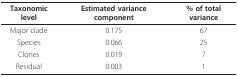
| Taxonomic level | Estimated variance component | % of total variance |
 | --- | --- | --- |
 | Major clade | 0.175 | 67 |
 | Species | 0.066 | 25 |
 | Clones | 0.019 | 7 |
 | Residual | 0.003 | 1 |